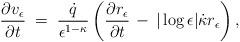
LaTeX: \begin{align*}\frac{\partial v_\epsilon}{\partial t}\;=\;\frac{\dot{q}}{\epsilon^{1-\kappa}}\left(\frac{\partial r_\epsilon}{\partial t}\,-\,|\log\epsilon|\dot{\kappa}r_\epsilon\right),\end{align*}